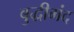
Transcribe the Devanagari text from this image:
बुद्धीमंद